Indian journal of veterinary science and animal husbandry - Volumes 26-27, 1956-1957
Year: 1956
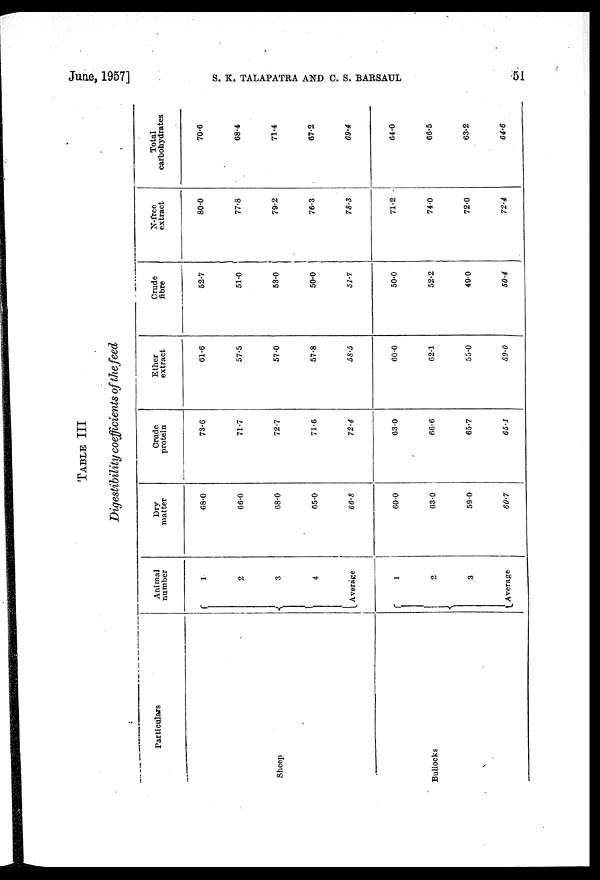
June, 1957]
S.
K.
TALAPATRA
AND
C.
S.
BARSAUL
51
TABLE
III
Digestibility coefficients of the feed
Particulars
Sheep
Bullocks
Animal
number
1
2
3
4
Average
1
2
3
Average
Dry
matter
68.0
66.0
68.0
65.0
66.8
60.0
63.0
59.0
60.7
Crude
protein
73.6
71.7
72.7
71.6
72.4
63.0
66.6
65.7
65.1
Ether
extract
61.6
57.5
57.0
57.8
58.5
60.0
62.1
55.0
59.0
Crude
fibre
52.7
51.0
53.0
50.0
51.7
50.0
52.2
49.0
50.4
N-free
extract
80.0
77.8
79.2
76.3
78.3
71.2
74.0
72.0
72.4
Total
carbohydrates
70.6
68.4
71.4
67.2
69.4
64.0
66.5
63.2
64.6